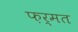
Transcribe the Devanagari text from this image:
फ़र्मत